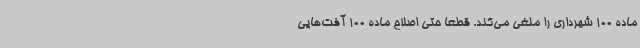
ماده 100 شهرداری را ملغی می‌کند. قطعا حتی اصلاح ماده 100 آفت‌هایی